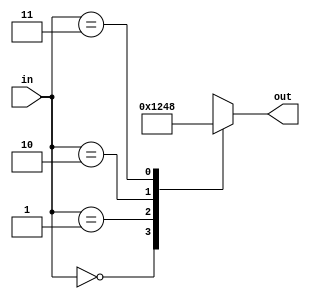
module decoder2_4 (in, out);//declaring module
	input [1:0] in; //2 bit input signal in
	output reg [3:0] out; //4 bit output signal out

	always @ (in) //start of always block
	begin
		case (in) //if input is whatever is written on the left side of the statement, then the output is what is written on the right side
			2'b00: out = 4'b0001;
			2'b01: out = 4'b0010;
			2'b10: out = 4'b0100;
			2'b11: out = 4'b1000;
			default: out = 4'b0000; //if input is invalid, 0000is assigned to the output	
		endcase //endcase of statement		
	end //end of always block
endmodule //end of module definition